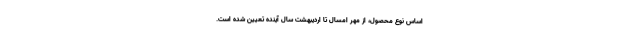
اساس نوع محصول، از مهر امسال تا اردیبهشت سال آینده تعیین شده است.